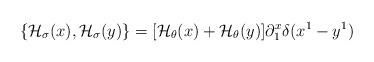
LaTeX: \begin{align*}\{{\cal H}_{\sigma}(x),{\cal H}_{\sigma}(y)\} = [{\cal H}_{\theta}(x) +{\cal H}_{\theta}(y)] \partial^x_1\delta (x^1 - y^1)\end{align*}